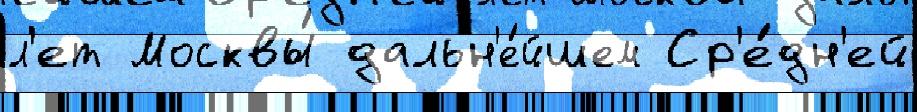
л'ет Москвы́ дальн'е́йшем Ср'е́дн'ей